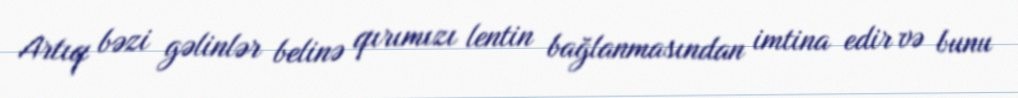
Artıq bəzi gəlinlər belinə qırımızı lentin bağlanmasından imtina edir və bunu